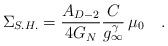
LaTeX: \begin{align*}\Sigma_{S.H.} = \frac{A_{D-2}}{4 G_N} \frac{C}{g_\infty^\gamma}\,\mu_0 \quad .\end{align*}